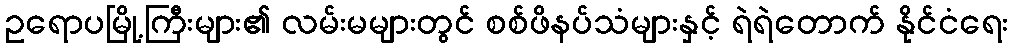
ဥရောပမြို့ကြီးများ၏ လမ်းမများတွင် စစ်ဖိနပ်သံများနှင့် ရဲရဲတောက် နိုင်ငံရေး